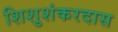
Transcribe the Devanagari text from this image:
शिशुशंकरदास